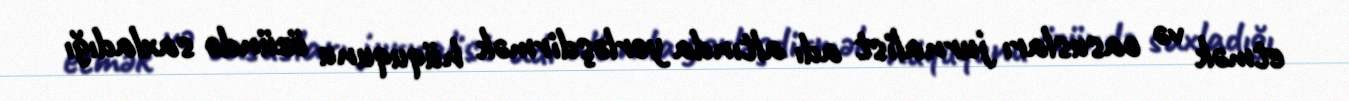
etmək və casusları jurnalist adı altında yerləşdirmək hüququnu özündə saxladığı